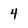
Character: 4